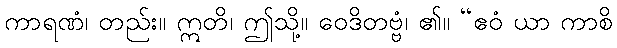
ကာရဏံ၊ တည်း။ ဣတိ၊ ဤသို့။ ဝေဒိတဗ္ဗံ၊ ၏။ “ဧဝံ ယာ ကာစိ